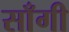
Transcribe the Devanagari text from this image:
साँगी